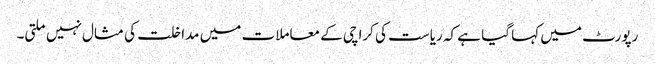
رپورٹ میں کہا گیا ہے کہ ریاست کی کراچی کے معاملات میں مداخلت کی مثال نہیں ملتی۔